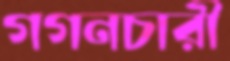
গগনচারী